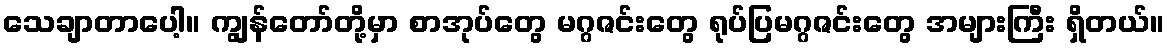
သေချာတာပေါ့။ ကျွန်တော်တို့မှာ စာအုပ်တွေ မဂ္ဂဇင်းတွေ ရုပ်ပြမဂ္ဂဇင်းတွေ အများကြီး ရှိတယ်။